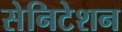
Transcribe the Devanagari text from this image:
सेनिटेशन